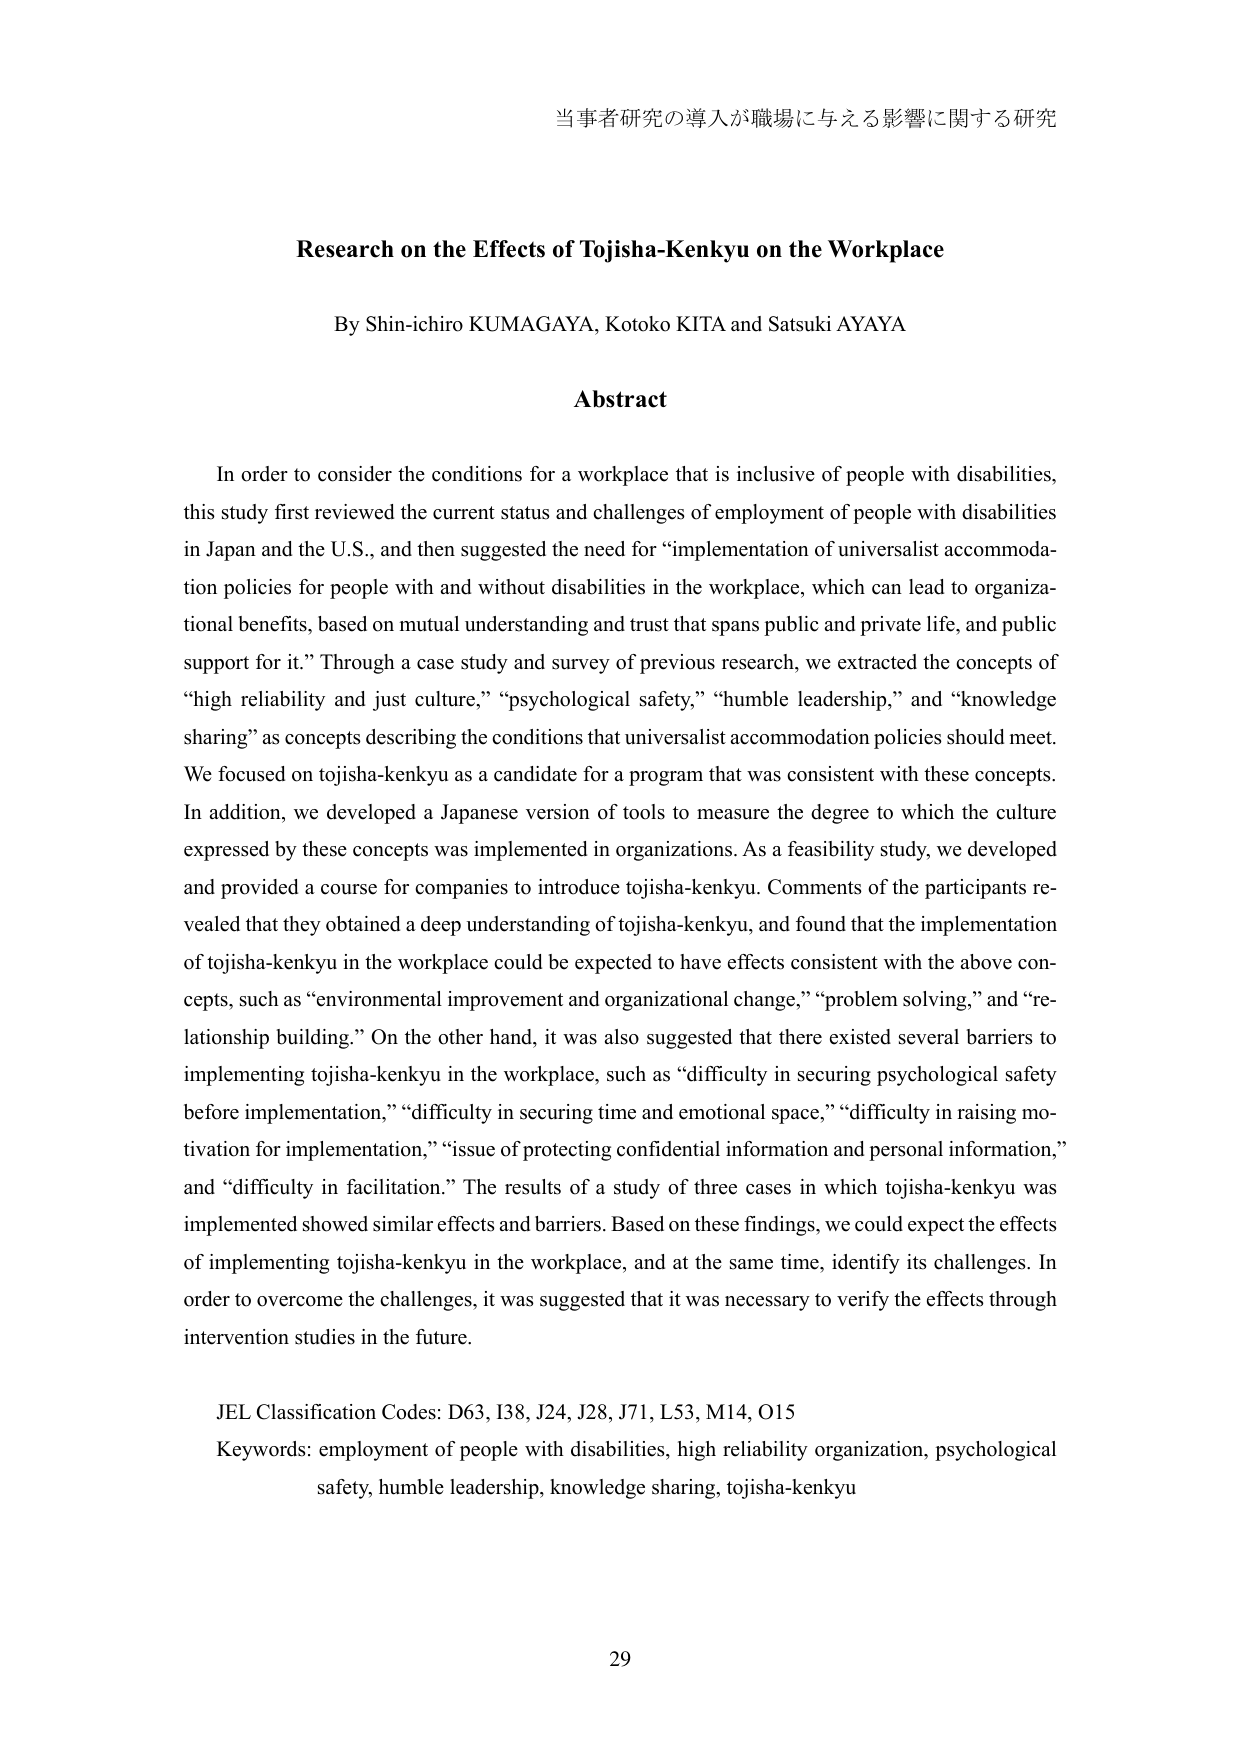
当事者研究の導入が職場に与える影響に関する研究

Research on the Effects of Tojisha-Kenkyu on the Workplace

By Shin-ichiro KUMAGAYA, Kotoko KITA and Satsuki AYAYA

Abstract

In order to consider the conditions for a workplace that is inclusive of people with disabilities, this study first reviewed the current status and challenges of employment of people with disabilities in Japan and the U.S., and then suggested the need for “implementation of universalist accommodation policies for people with and without disabilities in the workplace, which can lead to organizational benefits, based on mutual understanding and trust that spans public and private life, and public support for it.” Through a case study and survey of previous research, we extracted the concepts of “high reliability and just culture,” “psychological safety,” “humble leadership,” and “knowledge sharing” as concepts describing the conditions that universalist accommodation policies should meet. We focused on tojisha-kenkyu as a candidate for a program that was consistent with these concepts. In addition, we developed a Japanese version of tools to measure the degree to which the culture expressed by these concepts was implemented in organizations. As a feasibility study, we developed and provided a course for companies to introduce tojisha-kenkyu. Comments of the participants revealed that they obtained a deep understanding of tojisha-kenkyu, and found that the implementation of tojisha-kenkyu in the workplace could be expected to have effects consistent with the above concepts, such as “environmental improvement and organizational change,” “problem solving,” and “relationship building.” On the other hand, it was also suggested that there existed several barriers to implementing tojisha-kenkyu in the workplace, such as “difficulty in securing psychological safety before implementation,” “difficulty in securing time and emotional space,” “difficulty in raising motivation for implementation,” “issue of protecting confidential information and personal information,” and “difficulty in facilitation.” The results of a study of three cases in which tojisha-kenkyu was implemented showed similar effects and barriers. Based on these findings, we could expect the effects of implementing tojisha-kenkyu in the workplace, and at the same time, identify its challenges. In order to overcome the challenges, it was suggested that it was necessary to verify the effects through intervention studies in the future.

JEL Classification Codes: D63, I38, J24, J28, J71, L53, M14, O15
Keywords: employment of people with disabilities, high reliability organization, psychological safety, humble leadership, knowledge sharing, tojisha-kenkyu

29